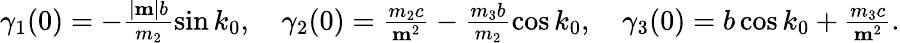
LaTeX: \begin{array}{r}{\gamma_{1}(0)=-\frac{|{\mathbf m}|b}{m_{2}}\sin k_{0},\quad\gamma_{2}(0)=\frac{m_{2}c}{{\mathbf m}^{2}}-\frac{m_{3}b}{m_{2}}\cos k_{0},\quad\gamma_{3}(0)=b\cos k_{0}+\frac{m_{3}c}{{\mathbf m}^{2}}.}\end{array}